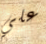
علي